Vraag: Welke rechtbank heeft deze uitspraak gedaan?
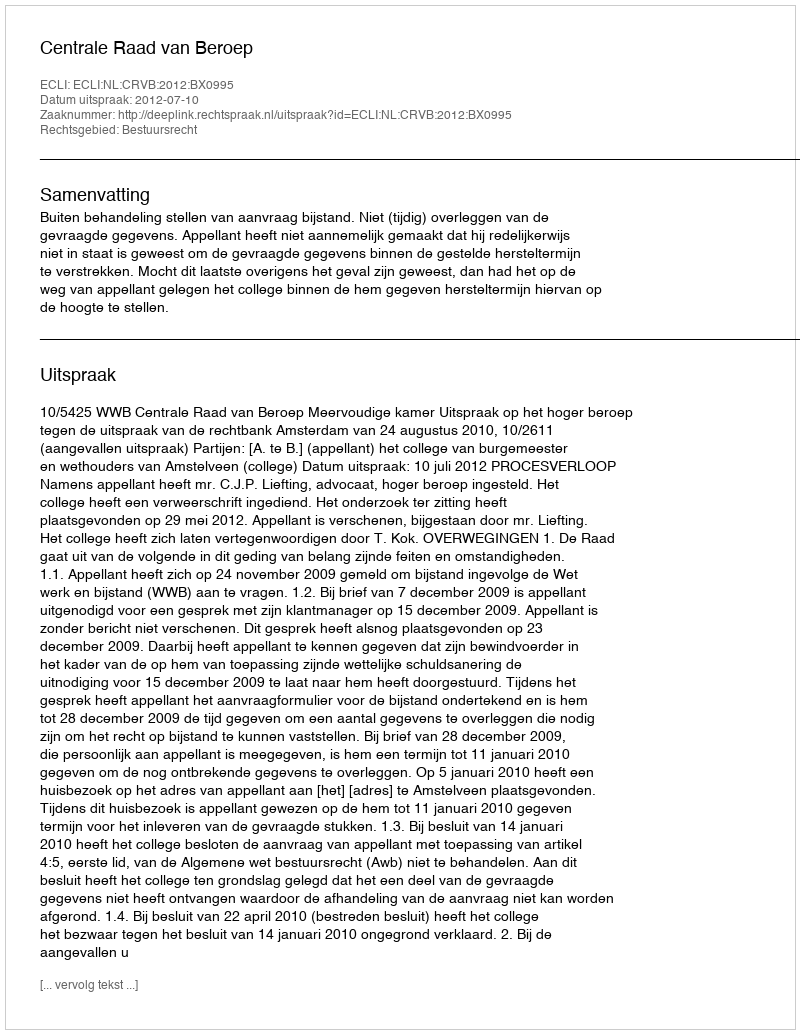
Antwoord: Centrale Raad van Beroep